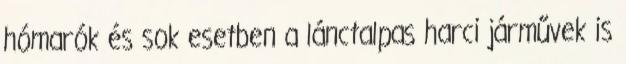
hómarók és sok esetben a lánctalpas harci járművek is